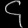
Digit: ၄